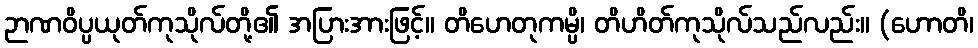
ဉာဏဝိပ္ပယုတ်ကုသိုလ်တို့၏ အပြားအားဖြင့်။ တိဟေတုကမ္ပိ၊ တိဟိတ်ကုသိုလ်သည်လည်း။ (ဟောတိ၊